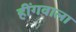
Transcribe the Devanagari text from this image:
हींगवाला